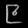
Digit: ၉